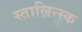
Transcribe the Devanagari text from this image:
स्तालिन्स्क